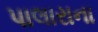
પાલારાના